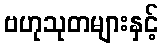
ဗဟုသုတများနှင့်